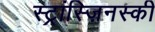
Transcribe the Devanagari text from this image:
स्ट्रांस्ज़िनस्की